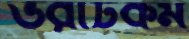
ভরাটকর্ম